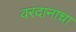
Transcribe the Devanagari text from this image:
वरदानाचा